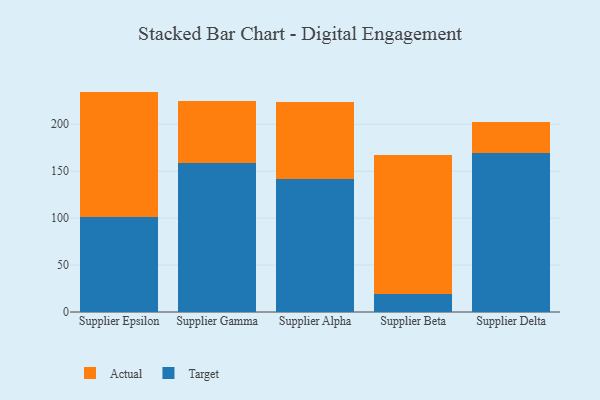
{"axis": {"x": "Supplier", "y": "Inventory Turnover"}, "legend": ["Actual", "Target"], "data": [{"x": "Supplier Epsilon", "y": 101.7, "type": "Target"}, {"x": "Supplier Epsilon", "y": 133.1, "type": "Actual"}, {"x": "Supplier Gamma", "y": 158.4, "type": "Target"}, {"x": "Supplier Gamma", "y": 66.0, "type": "Actual"}, {"x": "Supplier Alpha", "y": 142.1, "type": "Target"}, {"x": "Supplier Alpha", "y": 82.1, "type": "Actual"}, {"x": "Supplier Beta", "y": 18.7, "type": "Target"}, {"x": "Supplier Beta", "y": 148.2, "type": "Actual"}, {"x": "Supplier Delta", "y": 169.0, "type": "Target"}, {"x": "Supplier Delta", "y": 33.6, "type": "Actual"}]}